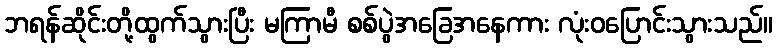
ဘရန်ဆိုင်းတို့ထွက်သွားပြီး မကြာမီ စစ်ပွဲအခြေအနေကား လုံးဝပြောင်းသွားသည်။